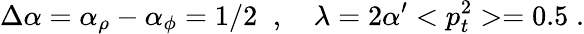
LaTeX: \Delta\alpha=\alpha_{\rho}-\alpha_{\phi}=1/2\; \; ,~~~~\lambda=2\alpha^{\prime}<p_{t}^{2}>=0.5\; .